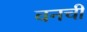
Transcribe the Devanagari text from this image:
वनची